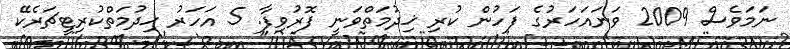
ނަމަވެސް 2009 ވަނައަހަރުގެ ފަހުން ކުރި ޚިދުމަތްވަނީ ފޮރުވިފާ. 5 އަހަރު ޚިދުމަތްކުރިޓީޗަރެކޭ